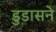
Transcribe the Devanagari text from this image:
डुडासने